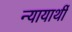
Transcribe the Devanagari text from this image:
न्यायार्थी